Plague in India, 1896, 1897 - Volume 2
Year: 1896
Disease focus: Plague
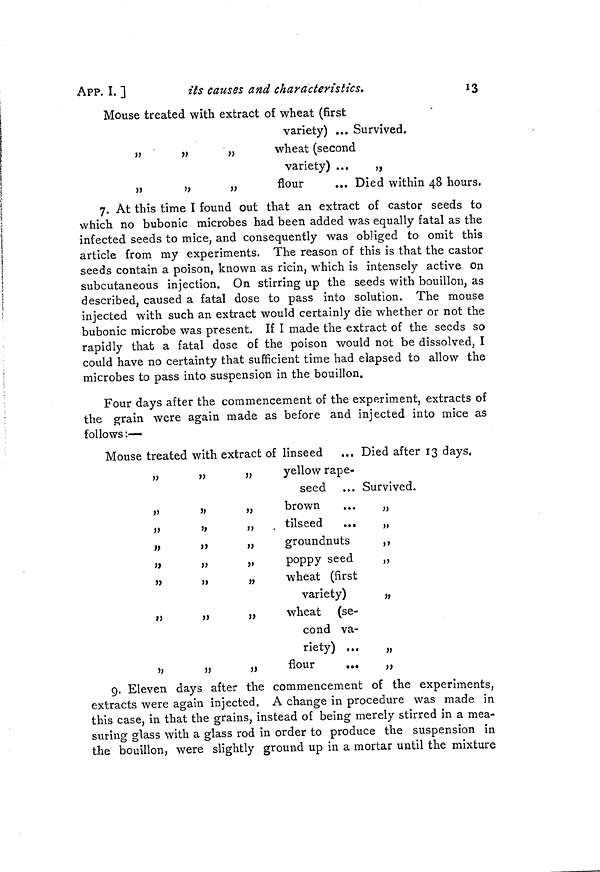
13
APP. I. ]
its causes and characteristics.
Mouse treated with extract of wheat (first
variety) ...
wheat (second
variety) ...
flour
Survived.
[
Died within 48 hours.
7. At this time I found out that an extract of castor seeds to
which no bubonic microbes had been added was equally fatal as the
infected seeds to mice, and consequently was obliged to omit this
article from my experiments. The reason of this is that the castor
seeds contain a poison, known as ricin, which is intensely active on
subcutaneous injection. On stirring up the seeds with bouillon, as
described, caused a fatal dose to pass into solution. The mouse
injected with such an extract would certainly die whether or not the
bubonic microbe was present. If I made the extract of the seeds so
rapidly that a fatal dose of the poison would not be dissolved, I
could have no certainty that sufficient time had elapsed to allow the
microbes to pass into suspension in the bouillon.
Four days after the commencement of the experiment, extracts of
the grain were again made as before and injected into mice as
follows :—
Mouse treated with extract of linseed ... Died after 13 days.
yellow rape-
seed
brown
tilseed
...
groundnuts
poppy seed
wheat (first
variety)
wheat (se-
cond va-
riety) ...
flour ...
Survived.
9. Eleven days after the commencement of the experiments,
extracts were again injected. A change in procedure was made in
this case, in that the grains, instead of being merely stirred in a mea-
suring glass with a glass rod in order to produce the suspension in
the bouillon, were slightly ground up in a mortar until the mixture